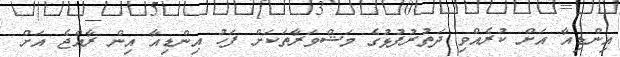
އިންޑިއާ އަށް ކުރެއްވި ދަތުރުފުޅުގެ މަޝްވަރާތަކަށް ފަހު އިންޑިއާ އިން ރާއްޖެ އަށް